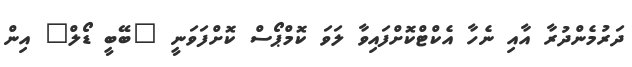
ދަރުމެންދުރާ އާއި ނެހާ އެކްޓްކޮށްފައިވާ ލަވަ ކޮމްޕޯސް ކޮށްފަވަނީ "ބޭބީ ޑޯލް" އިން